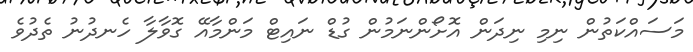
މަސައްކަތުން ނިމި ނިދަން އޮށޯންނަމުން ގުޑް ނައިޓް މަންމާއޭ ގޮވާލާ ހެނދުނު ތެދުވެ